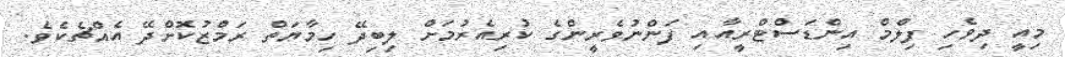
މިއީ ދިވެހި ފިލްމް އިންޑަސްޓްރީއާއި ފަންނުވެރީންގެ ކުރިއެރުމަށް ލިބިދޭ ހިމާޔަތް ރަމްޒުކޮށްދޭ އެއްޗެކެވެ.